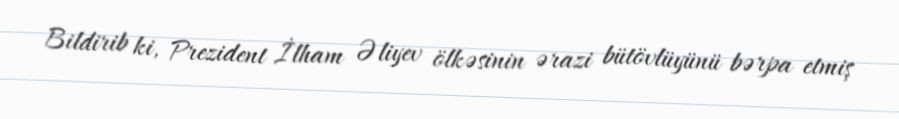
Bildirib ki, Prezident İlham Əliyev ölkəsinin ərazi bütövlüyünü bərpa etmiş